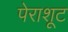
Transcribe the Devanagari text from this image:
पेराशूट